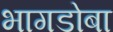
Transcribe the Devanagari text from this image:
भागडोबा